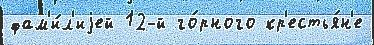
фам'и́л'иjей 12-й го́рного кр'естья́н'е